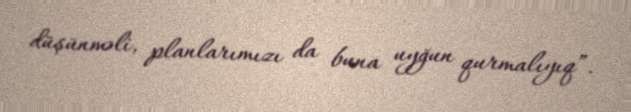
düşünməli, planlarımızı da buna uyğun qurmalıyıq”.